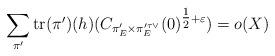
LaTeX: \begin{align*} \sum_{\pi'}\mathrm{tr}(\pi')(h)(C_{\pi'_E \times \pi'^{\tau\vee}_E}(0)^{\tfrac{1}{2}+\varepsilon})=o(X)\end{align*}